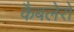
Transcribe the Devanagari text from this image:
कैबलेरो